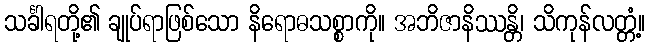
သင်္ခါရတို့၏ ချုပ်ရာဖြစ်သော နိရောဓသစ္စာကို။ အဘိဇာနိဿန္တိ၊ သိကုန်လတ္တံ့။